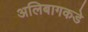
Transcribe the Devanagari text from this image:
अलिबागकडे